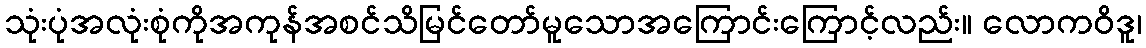
သုံးပုံအလုံးစုံကိုအကုန်အစင်သိမြင်တော်မူသောအကြောင်းကြောင့်လည်း။ လောကဝိဒူ၊